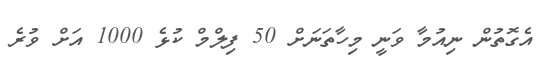
އެގޮތުން ނިއުމާ ވަނީ މިހާތަނަށް 50 ފިލްމް ކުޅެ 1000 އަށް ވުރެ